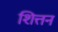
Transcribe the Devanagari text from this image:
शित्तन